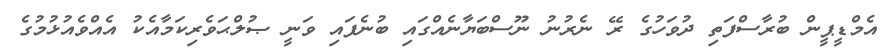
އެމްޑީޕީން ބުރާސްފަތި ދުވަހުގެ ރޭ ނެރުނު ނޫސްބަޔާނެއްގައި ބުނެފައި ވަނީ ޞުލްޙަވެރިކަމާއެކު އެއްވެއުޅުމުގެ